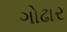
ગોઢાર